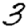
Digit: 3